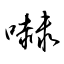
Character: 嚇